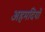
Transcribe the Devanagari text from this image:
अहमदियों